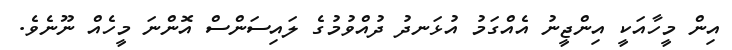
އިން މީހާއަކީ އިންޖީނު އެއްގަމު އުޅަނދު ދުއްވުމުގެ ލައިސަންސް އޮންނަ މީހެއް ނޫނެވެ.